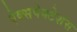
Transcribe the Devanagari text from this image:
ऐक्सपेक्टेशंस